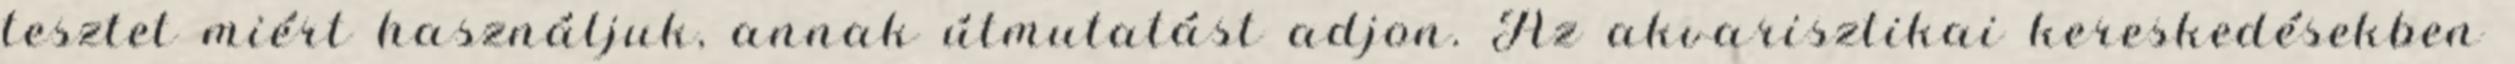
tesztet miért használjuk, annak útmutatást adjon. Az akvarisztikai kereskedésekben